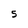
Character: S